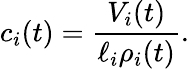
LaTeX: c_{i}(t)=\frac{V_{i}(t)}{\ell_{i}\rho_{i}(t)}.